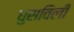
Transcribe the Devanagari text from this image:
घुसविली